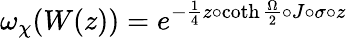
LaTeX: {\omega}_{\chi}(W(z))={e}^{-{\frac 14}z\circ\coth{{\frac\Omega 2}}\circ J\circ\sigma\circ z}